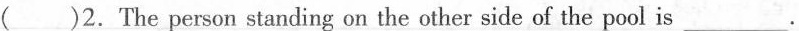
( )2. The person standing on the other side of the pool is___